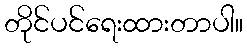
တိုင်ပင်ရေးထားတာပါ။